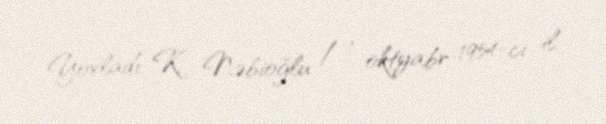
Yoxladı: K. Nəbioğlu / 1 oktyabr 1954-ci il